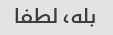
بله، لطفا